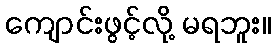
ကျောင်းဖွင့်လို့ မရဘူး။